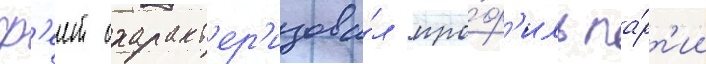
ф'еит охаракт'ер'изова́л про́ф'иль па́рт'ии